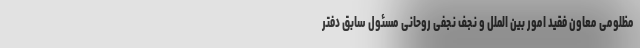
مظلومی معاون فقید امور بین الملل و نجف نجفی روحانی مسئول سابق دفتر